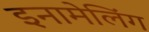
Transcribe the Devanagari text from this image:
इनामेलिंग